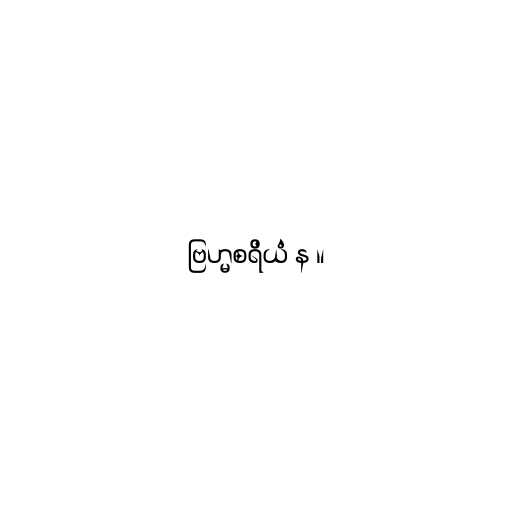
ဗြဟ္မစရိယံ န ။